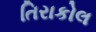
તિરાકોલ